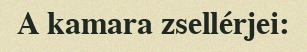
A kamara zsellérjei: